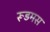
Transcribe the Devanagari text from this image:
रूडमस